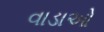
વાડાઓ